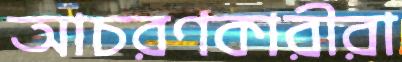
আচরণকারীরা